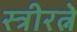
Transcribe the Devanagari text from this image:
स्त्रीरत्ने